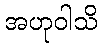
အဟုဝါသိ